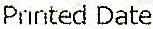
PRINTED DATE